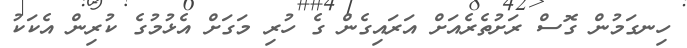
ހިނގަމުން ގޮސް ރަށުތެރެއަށް އަރައިގެން ގެ ހުރި މަގަށް އެޅުމުގެ ކުރިން އެކަކު